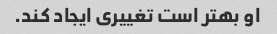
او بهتر است تغییری ایجاد کند.